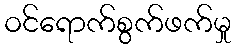
ဝင်ရောက်စွက်ဖက်မှု